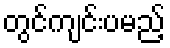
တွင်ကျင်းပမည့်